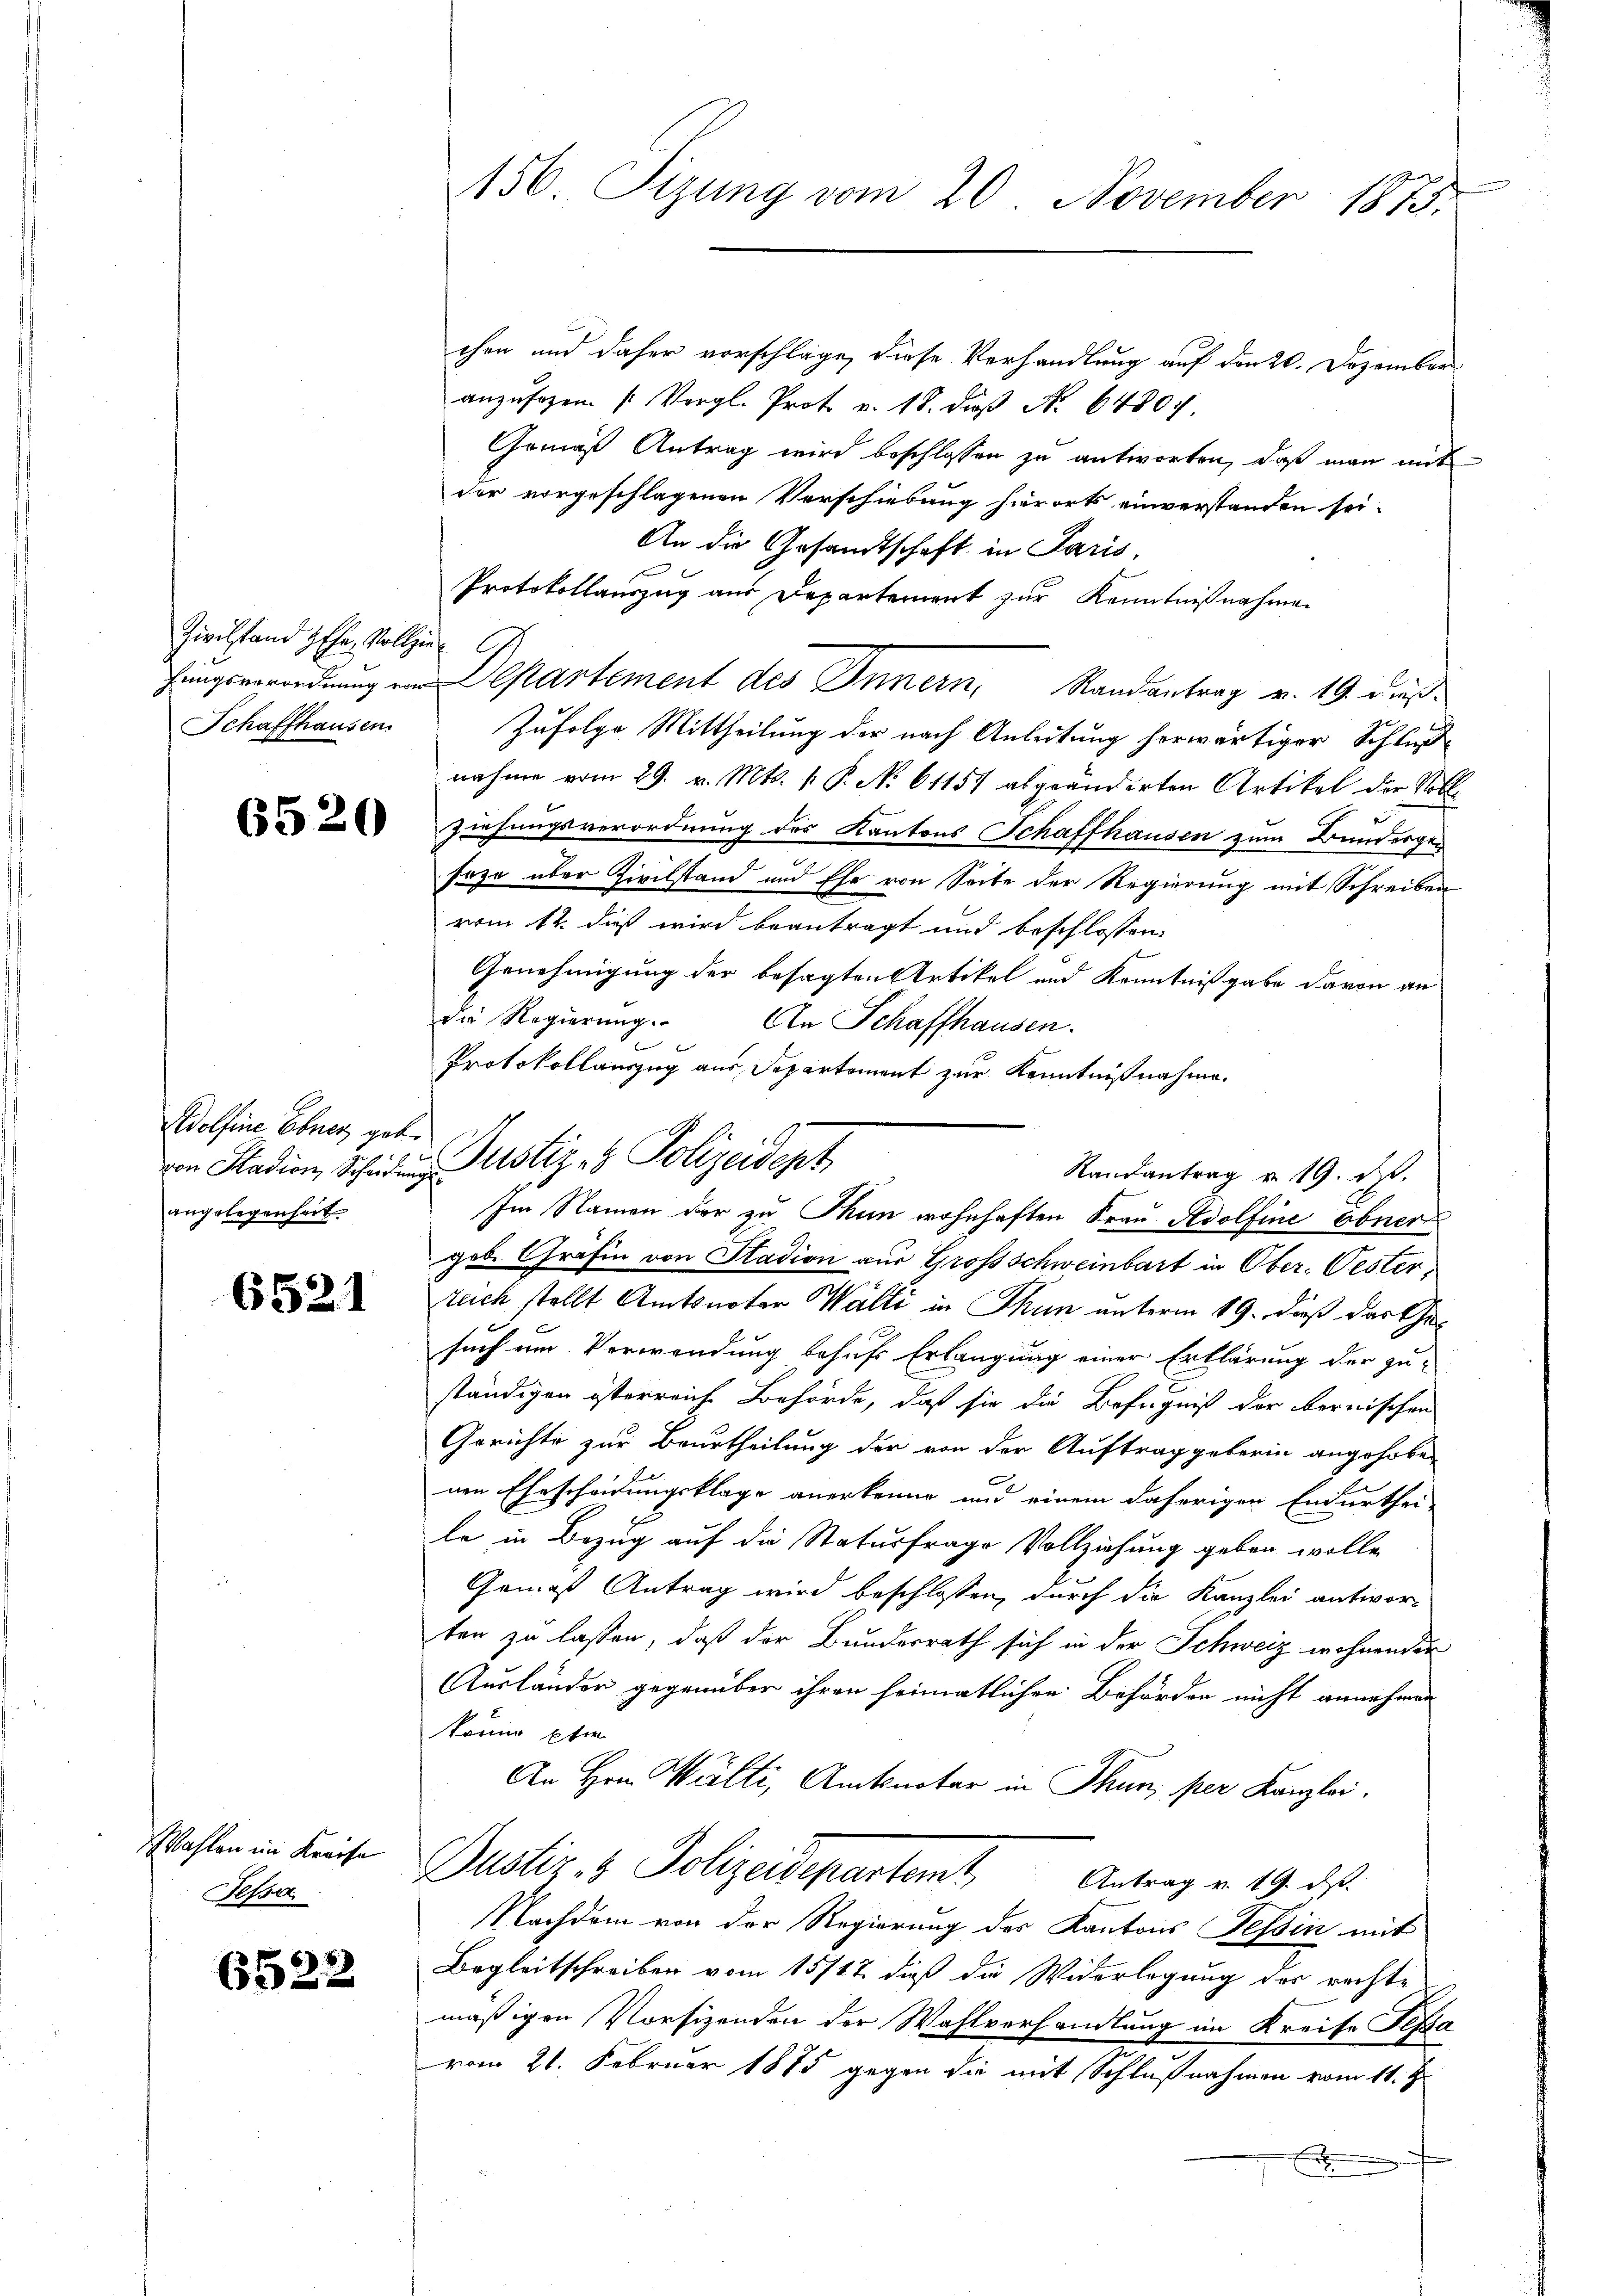
Zivilstand Hohe Vollzie
Schaffhausen.

6520

Adolfine Ebner geb.
angelegenheit.

6521

Wahlen im Kreise
Jessa

6522

chen und daher vorschläge, diese Verhandlung auf den 20. Dezember
anzŭsehen. (Vergl. Prot. v. 18. dieβ No. 64807.
Gemäß Antrag wird beschlossen zu antworten, daß man mit
der vorgeschlagenen Verschiebung hierorts einverstanden sei.
An die Gesandtschaft in Paris,
Protokollauszug aus Departement zur Kenntnißnahmen
Zufolge Mittheilung der nach Anleitung herwärtiger Schlu
nahme vom 29. v. Mts. 1. P. N. 61157 abgeänderten Artikel der Vollziehungsverordnung des Kantons Schaffhausen zum Bundergesaze über Zivilstand und Ehe von Seite der Regierung mit Schreiben
vom 12. dieß wird beantragt und beschlossen:
Genehmigung der besagten Artikel und Kenntnißgabe davon an
die Regierung. An Schaffhausen.
Protokollauszug aus Departement zur Kenntnißnahme.
geb. Gräfin von Stadion aus Großschweinbart in Ober-Oester,
teich stellt Amtsnoter Walli in Thun unterm 19. dieß der Gesuch ein Verwendung behufs Erlangung einer Erklärung der zu-
ständigen österreich Behörde, daß sie die Befugniß der bernischen
Gerichte zur Beurtheilung der von der Auftrag geberin angehoben
nen Ehescheidungsklage anerkenne und einem daherigen Endurthei-
le in Bezug auf die Statusfrage Vollziehung geben wolle,
Gemäß Antrag wird beschlossen, durch die Kanzlei antwor-
ten zu lassen, daß der Bundesrath sich in der Schweiz wohnenden
Ausländer gegenüber ihren heimatlichen Behörden nicht annehmen
könne Ehre
An Hrn. Welti, Amtsnotar in Thun, per Kanzlei.
Dustiz & Polizeidepartent Antrag v. 19. ds.
Nachdem von der Regierung des Kantons Tessin mit
Begleitschreiben vom 15717. dieß die Widerlegung der rechte
mäßigen Vorsizenden der Wahlverhandlung im Kreise Fessa
vom 21. Februar 1885 gegen die mit Schlußnahmen vom 11. Ju

156. Sizung vom 20. November 1873.

hungsverordnung von Departement des Innern, Randantrag v. 19. dieß.

von Stadion, Scheiden ustiz & Polizeidept
Im Namen der zu Thun wohnhaften Frau Adolfine Ebner

Randantrag v. 19. ds.